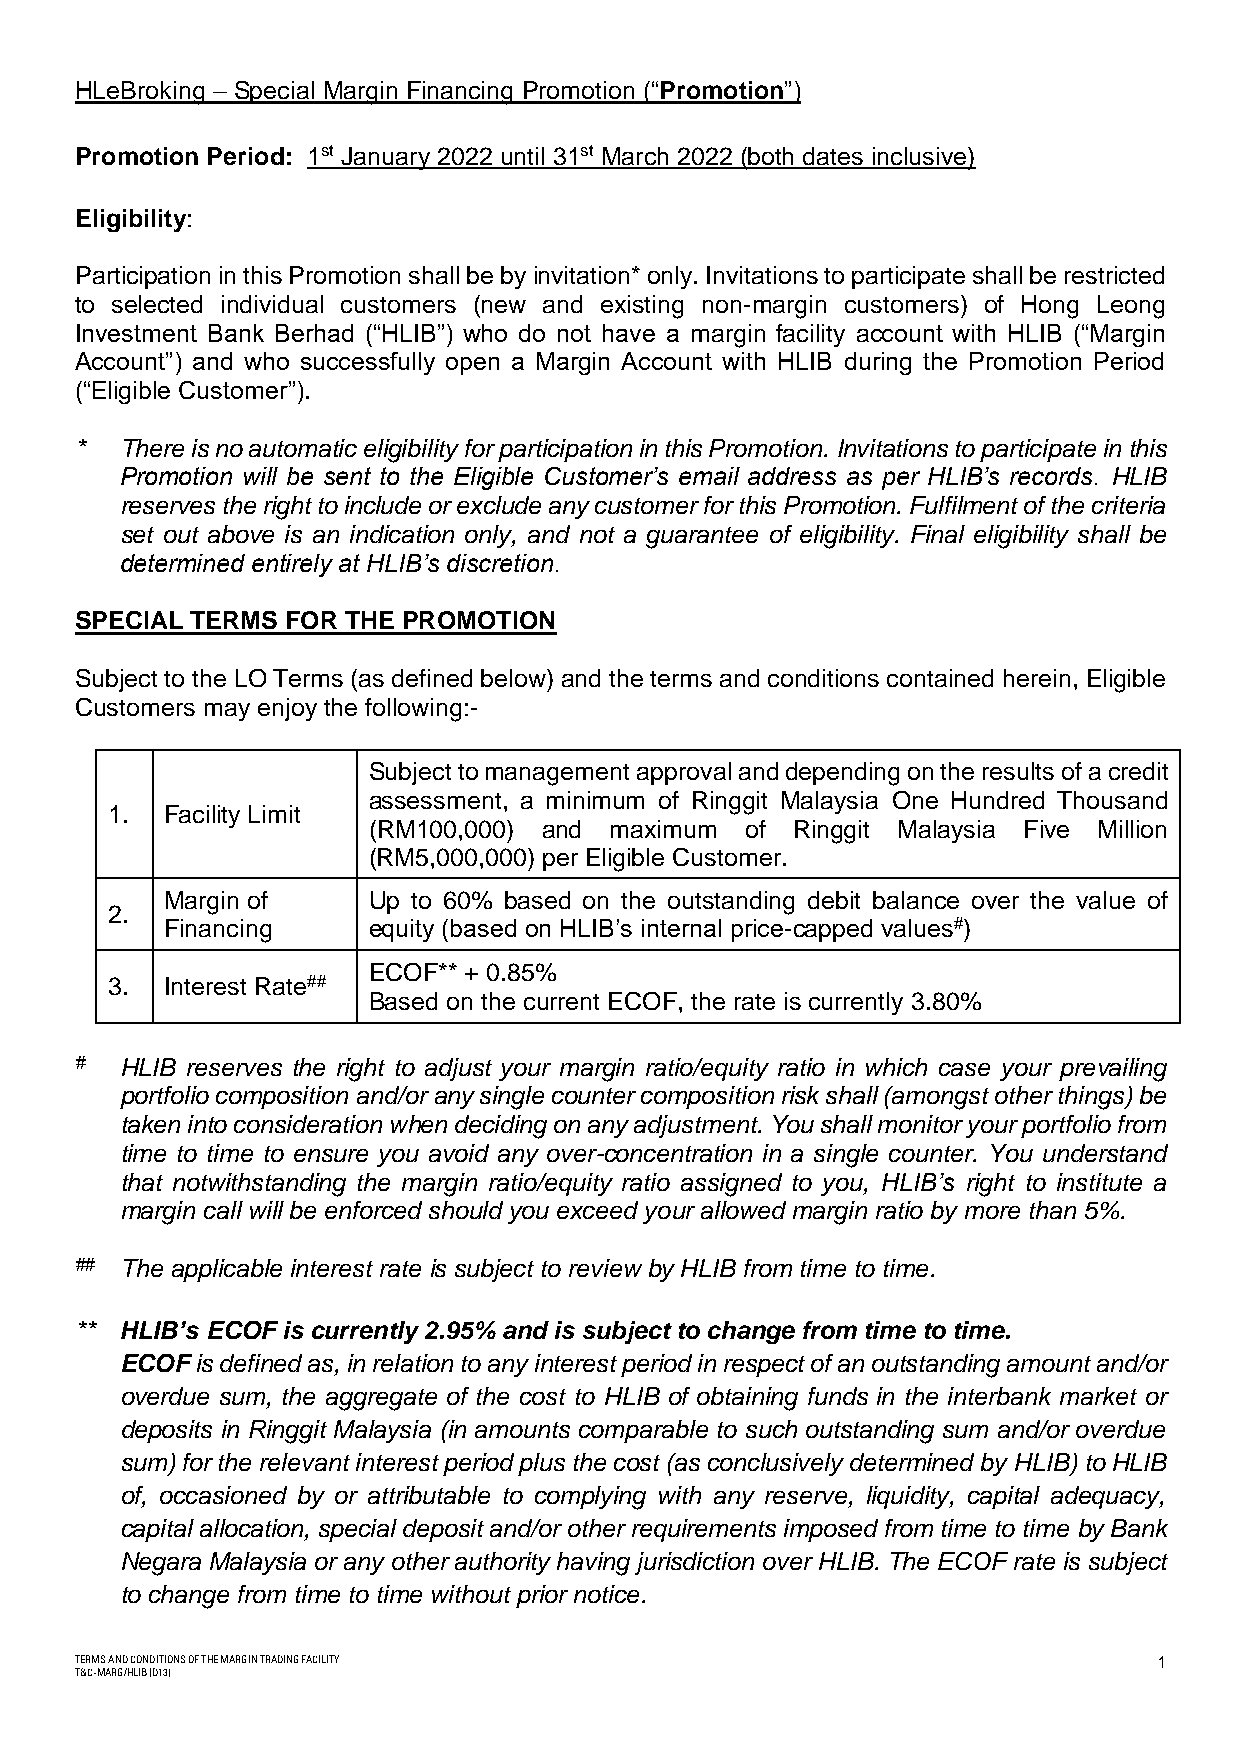
HLeBroking – Special Margin Financing Promotion (“Promotion”)
 Promotion Period: 1st January 2022 until 31st March 2022 (both dates inclusive)
 Eligibility:
 Participation in this Promotion shall be by invitation* only. Invitations to participate shall be restricted
 to selected individual customers (new and existing non-margin customers) of Hong Leong
 Investment Bank Berhad (“HLIB”) who do not have a margin facility account with HLIB (“Margin
 Account”) and who successfully open a Margin Account with HLIB during the Promotion Period
 (“Eligible Customer”).
 *  There is no automatic eligibility for participation in this Promotion. Invitations to participate in this
 Promotion will be sent to the Eligible Customer’s email address as per HLIB’s records. HLIB
 reserves the right to include or exclude any customer for this Promotion. Fulfilment of the criteria
 set out above is an indication only, and not a guarantee of eligibility. Final eligibility shall be
 determined entirely at HLIB’s discretion.
 SPECIAL TERMS FOR THE PROMOTION
 Subject to the LO Terms (as defined below) and the terms and conditions contained herein, Eligible
 Customers may enjoy the following:-
 Subject to management approval and depending on the results of a credit
 assessment, a minimum of Ringgit Malaysia One Hundred Thousand
 1.  Facility Limit
 (RM100,000) and maximum  of Ringgit Malaysia Five Million
 (RM5,000,000) per Eligible Customer.
 Margin of    Up to 60% based on the outstanding debit balance over the value of
 2.
 Financing    equity (based on HLIB’s internal price-capped values#)
 ECOF** + 0.85%
 3.  Interest Rate##
 Based on the current ECOF, the rate is currently 3.80%
 #  HLIB reserves the right to adjust your margin ratio/equity ratio in which case your prevailing
 portfolio composition and/or any single counter composition risk shall (amongst other things) be
 taken into consideration when deciding on any adjustment. You shall monitor your portfolio from
 time to time to ensure you avoid any over-concentration in a single counter. You understand
 that notwithstanding the margin ratio/equity ratio assigned to you, HLIB’s right to institute a
 margin call will be enforced should you exceed your allowed margin ratio by more than 5%.
 ## The applicable interest rate is subject to review by HLIB from time to time.
 ** HLIB’s ECOF is currently 2.95% and is subject to change from time to time.
 ECOF is defined as, in relation to any interest period in respect of an outstanding amount and/or
 overdue sum, the aggregate of the cost to HLIB of obtaining funds in the interbank market or
 deposits in Ringgit Malaysia (in amounts comparable to such outstanding sum and/or overdue
 sum) for the relevant interest period plus the cost (as conclusively determined by HLIB) to HLIB
 of, occasioned by or attributable to complying with any reserve, liquidity, capital adequacy,
 capital allocation, special deposit and/or other requirements imposed from time to time by Bank
 Negara Malaysia or any other authority having jurisdiction over HLIB. The ECOF rate is subject
 to change from time to time without prior notice.
 TERMS AND CONDITIONS OF THE MARGIN TRADING FACILITY                     1
 T&C-MARG/HLIB (D13)